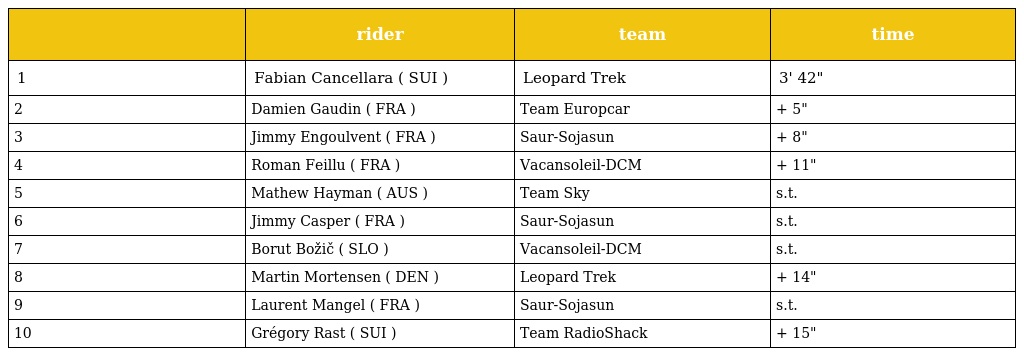
|  | rider | team | time |
 | --- | --- | --- | --- |
 | 1 | Fabian Cancellara ( SUI ) | Leopard Trek | 3' 42" |
 | 2 | Damien Gaudin ( FRA ) | Team Europcar | + 5" |
 | 3 | Jimmy Engoulvent ( FRA ) | Saur-Sojasun | + 8" |
 | 4 | Roman Feillu ( FRA ) | Vacansoleil-DCM | + 11" |
 | 5 | Mathew Hayman ( AUS ) | Team Sky | s.t. |
 | 6 | Jimmy Casper ( FRA ) | Saur-Sojasun | s.t. |
 | 7 | Borut Božič ( SLO ) | Vacansoleil-DCM | s.t. |
 | 8 | Martin Mortensen ( DEN ) | Leopard Trek | + 14" |
 | 9 | Laurent Mangel ( FRA ) | Saur-Sojasun | s.t. |
 | 10 | Grégory Rast ( SUI ) | Team RadioShack | + 15" |